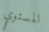
المستوي